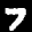
Label: 7